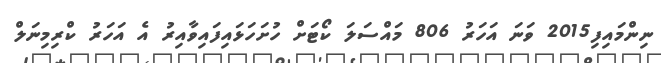
ނިންމައިފި2015 ވަނަ އަހަރު 806 މައްސަލަ ކޯޓަށް ހުށަހަޅައިފައިވާއިރު އެ އަހަރު ކްރިމިނަލް